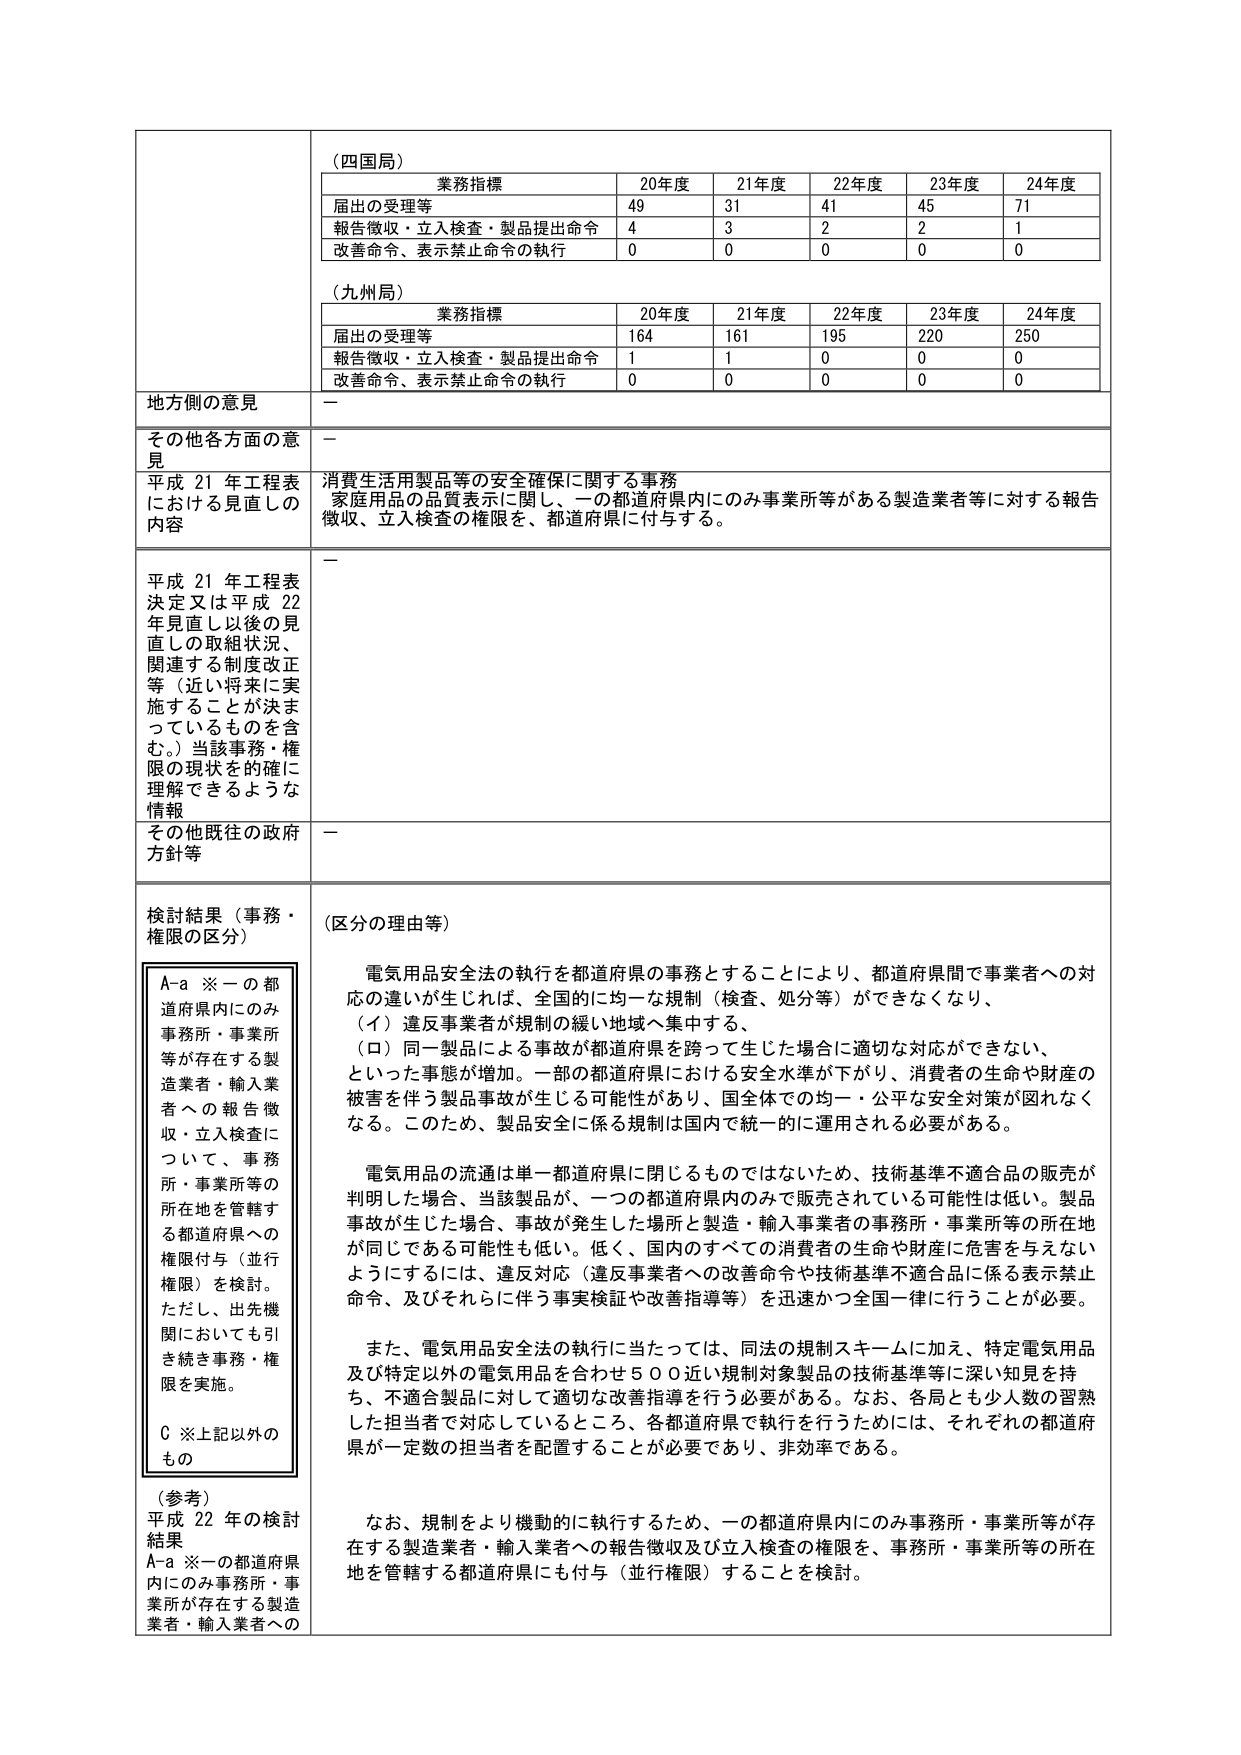
（四国局）
業務指標　　20年度　　21年度　　22年度　　23年度　　24年度
届出の受理等　　　49　　　31　　　41　　　45　　　71
報告徴収・立入検査・製品提出命令　　　4　　　3　　　2　　　2　　　1
改善命令、表示禁止命令の執行　　　0　　　0　　　0　　　0　　　0

（九州局）
業務指標　　20年度　　21年度　　22年度　　23年度　　24年度
届出の受理等　　　164　　　161　　　195　　　220　　　250
報告徴収・立入検査・製品提出命令　　　1　　　1　　　0　　　0　　　0
改善命令、表示禁止命令の執行　　　0　　　0　　　0　　　0　　　0

地方側の意見　　－

その他各方面の意見　　－

平成21年工程表における見直しの内容　　消費生活用製品等の安全確保に関する事務
家庭用品の品質表示に関し、一の都道府県内にのみ事業所等がある製造業者等に対する報告徴収、立入検査の権限を、都道府県に付与する。

平成21年工程表決定又は平成22年見直し以後の見直しの取組状況、関連する制度改正等（近い将来に実施することが決まっているものを含む。）当該事務・権限の現状を的確に理解できるような情報　　－

その他既往の政府方針等　　－

検討結果（事務・権限の区分）
A-a ※一の都道府県内にのみ事務所・事業所等が存在する製造業者・輸入業者への報告徴収・立入検査について、事務所・事業所等の所在地を管轄する都道府県への権限付与（並行権限）を検討。ただし、出先機関においても引き続き事務・権限を実施。
C ※上記以外のもの

（参考）
平成22年の検討結果
A-a ※一の都道府県内にのみ事務所・事業所が存在する製造業者・輸入業者への

（区分の理由等）
電気用品安全法の執行を都道府県の事務とすることにより、都道府県間で事業者への対応の違いが生じれば、全国的に均一な規制（検査、処分等）ができなくなり、
（イ）違反事業者が規制の緩い地域へ集中する、
（ロ）同一製品による事故が都道府県を跨って生じた場合に適切な対応ができない、
といった事態が増加。一部の都道府県における安全水準が下がり、消費者の生命や財産の被害を伴う製品事故が生じる可能性があり、国全体での均一・公平な安全対策が図れなくなる。このため、製品安全に係る規制は国内で統一的に運用される必要がある。

電気用品の流通は単一都道府県に閉じるものではないため、技術基準不適合品の販売が判明した場合、当該製品が、一つの都道府県内のみで販売されている可能性は低い。製品事故が生じた場合、事故が発生した場所と製造・輸入事業者の事務所・事業所等の所在地が同じである可能性も低い。低く、国内のすべての消費者の生命や財産に危害を与えないようにするには、違反対応（違反事業者への改善命令や技術基準不適合品に係る表示禁止命令、及びそれらに伴う事実検証や改善指導等）を迅速かつ全国一律に行うことが必要。

また、電気用品安全法の執行に当たっては、同法の規制スキームに加え、特定電気用品及び特定以外の電気用品を合わせ500近い規制対象製品の技術基準等に深い知見を持ち、不適合製品に対して適切な改善指導を行う必要がある。なお、各局とも少人数の習熟した担当者で対応しているところ、各都道府県で執行を行うためには、それぞれの都道府県が一定数の担当者を配置することが必要であり、非効率である。

なお、規制をより機動的に執行するため、一の都道府県内にのみ事務所・事業所等が存在する製造業者・輸入業者への報告徴収及び立入検査の権限を、事務所・事業所等の所在地を管轄する都道府県にも付与（並行権限）することを検討。